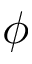
\phi